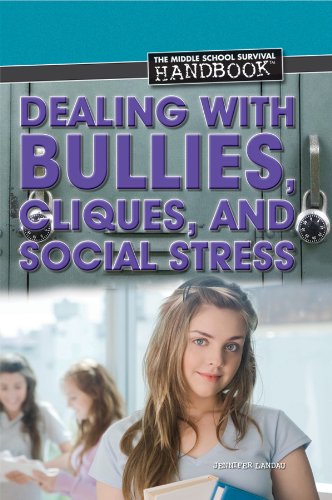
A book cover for Dealing With Bullies, Cliques, and Social Stress (Middle School Survival Handbook); Jennifer Landau; Teen & Young Adult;